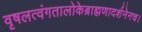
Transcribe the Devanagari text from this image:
वृषलत्वंगतालोकेब्राह्मणादर्शनेनच।